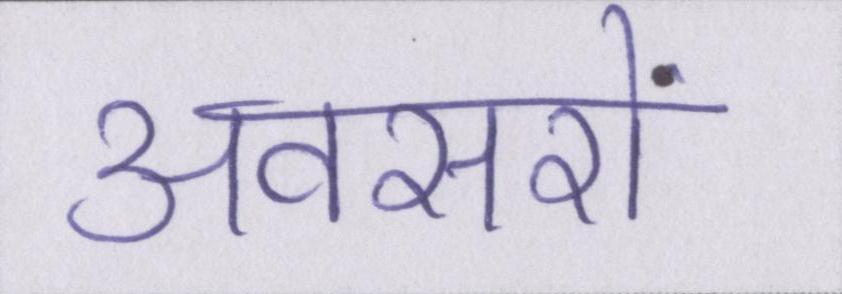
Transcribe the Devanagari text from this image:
अवसरों